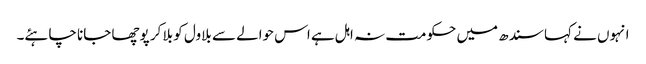
انہوں نے کہا سندھ میں حکومت نہ اہل ہے اس حوالے سے بلاول کو بلا کر پوچھا جانا چاہئے۔